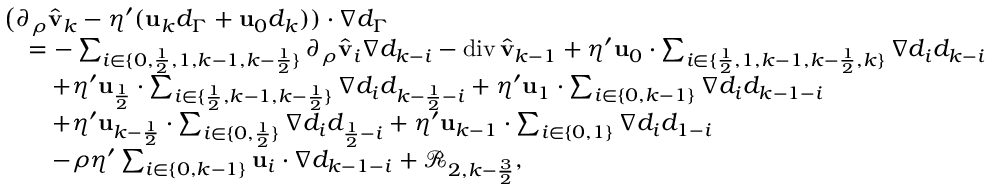
\begin{array} { r l } & { \big ( \partial _ { \rho } \hat { \mathbf { v } } _ { k } - \eta ^ { \prime } ( \mathbf { u } _ { k } d _ { \Gamma } + \mathbf { u } _ { 0 } d _ { k } ) ) \cdot \nabla d _ { \Gamma } } \\ & { \quad = - \sum _ { i \in \{ 0 , \frac { 1 } { 2 } , 1 , k - 1 , k - \frac { 1 } { 2 } \} } \partial _ { \rho } \hat { \mathbf { v } } _ { i } \nabla d _ { k - i } - \operatorname { d i v } \hat { \mathbf { v } } _ { k - 1 } + \eta ^ { \prime } \mathbf { u } _ { 0 } \cdot \sum _ { i \in \{ \frac { 1 } { 2 } , 1 , k - 1 , k - \frac { 1 } { 2 } , k \} } \nabla d _ { i } d _ { k - i } } \\ & { \qquad + \eta ^ { \prime } \mathbf { u } _ { \frac { 1 } { 2 } } \cdot \sum _ { i \in \{ \frac 1 2 , k - 1 , k - \frac 1 2 \} } \nabla d _ { i } d _ { k - \frac { 1 } { 2 } - i } + \eta ^ { \prime } \mathbf { u } _ { 1 } \cdot \sum _ { i \in \{ 0 , k - 1 \} } \nabla d _ { i } d _ { k - 1 - i } } \\ & { \qquad + \eta ^ { \prime } \mathbf { u } _ { k - \frac { 1 } { 2 } } \cdot \sum _ { i \in \{ 0 , \frac 1 2 \} } \nabla d _ { i } d _ { \frac 1 2 - i } + \eta ^ { \prime } \mathbf { u } _ { k - 1 } \cdot \sum _ { i \in \{ 0 , 1 \} } \nabla d _ { i } d _ { 1 - i } } \\ & { \qquad - \rho \eta ^ { \prime } \sum _ { i \in \{ 0 , k - 1 \} } \mathbf { u } _ { i } \cdot \nabla d _ { k - 1 - i } + \mathcal { R } _ { 2 , k - \frac { 3 } { 2 } } , } \end{array}